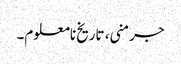
جرمنی، تاریخ نامعلوم۔